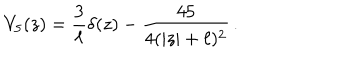
V _ { 5 } ( z ) = \frac { 3 } { \ell } \delta ( z ) - \frac { 4 5 } { 4 ( | z | + \ell ) ^ { 2 } } \, .